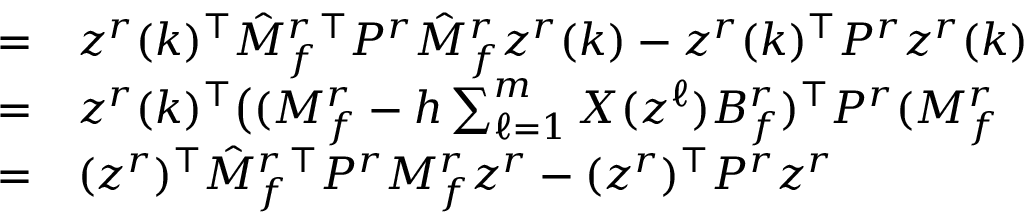
\begin{array} { r l } { = } & { { } z ^ { r } ( k ) ^ { \top } \hat { M } _ { f } ^ { r } { } ^ { \top } P ^ { r } \hat { M } _ { f } ^ { r } z ^ { r } ( k ) - z ^ { r } ( k ) ^ { \top } P ^ { r } z ^ { r } ( k ) } \\ { = } & { { } z ^ { r } ( k ) ^ { \top } \big ( ( M _ { f } ^ { r } - h \textstyle \sum _ { \ell = 1 } ^ { m } X ( z ^ { \ell } ) B _ { f } ^ { r } ) ^ { \top } P ^ { r } ( M _ { f } ^ { r } } \\ { = } & { { } ( z ^ { r } ) ^ { \top } \hat { M } _ { f } ^ { r } { } ^ { \top } P ^ { r } M _ { f } ^ { r } z ^ { r } - ( z ^ { r } ) ^ { \top } P ^ { r } z ^ { r } } \end{array}